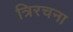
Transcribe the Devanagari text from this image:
त्रिरचना